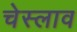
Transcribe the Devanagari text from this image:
चेस्लाव